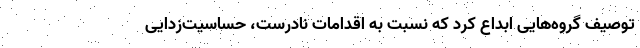
توصیف گروه‌هایی ابداع کرد که نسبت به اقدامات نادرست، حساسیت‌زدایی